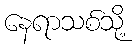
နေရာသစ်သို့